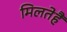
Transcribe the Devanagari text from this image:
मिलतेहैं